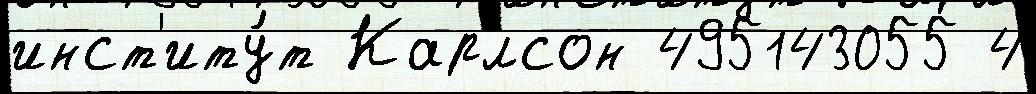
инст'иту́т Карлсон 495143055 4